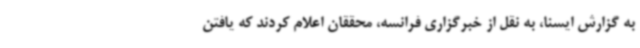
به گزارش ایسنا، به نقل از خبرگزاری فرانسه، محققان اعلام کردند که یافتن